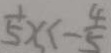
\frac { 1 } { 5 } x < - \frac { 4 } { 5 }